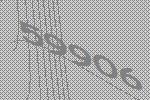
59906